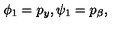
\phi _ { 1 } = p _ { y } , \psi _ { 1 } = p _ { \beta } ,